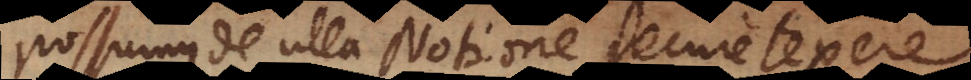
possumus de ulla Notione secure texere